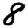
Digit: 8